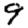
Digit: 9